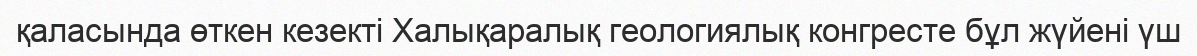
қаласында өткен кезекті Халықаралық геологиялық конгресте бұл жүйені үш